38_143685_box7_Incident_Summaries_1-100
Agency: Department of War
Page 128
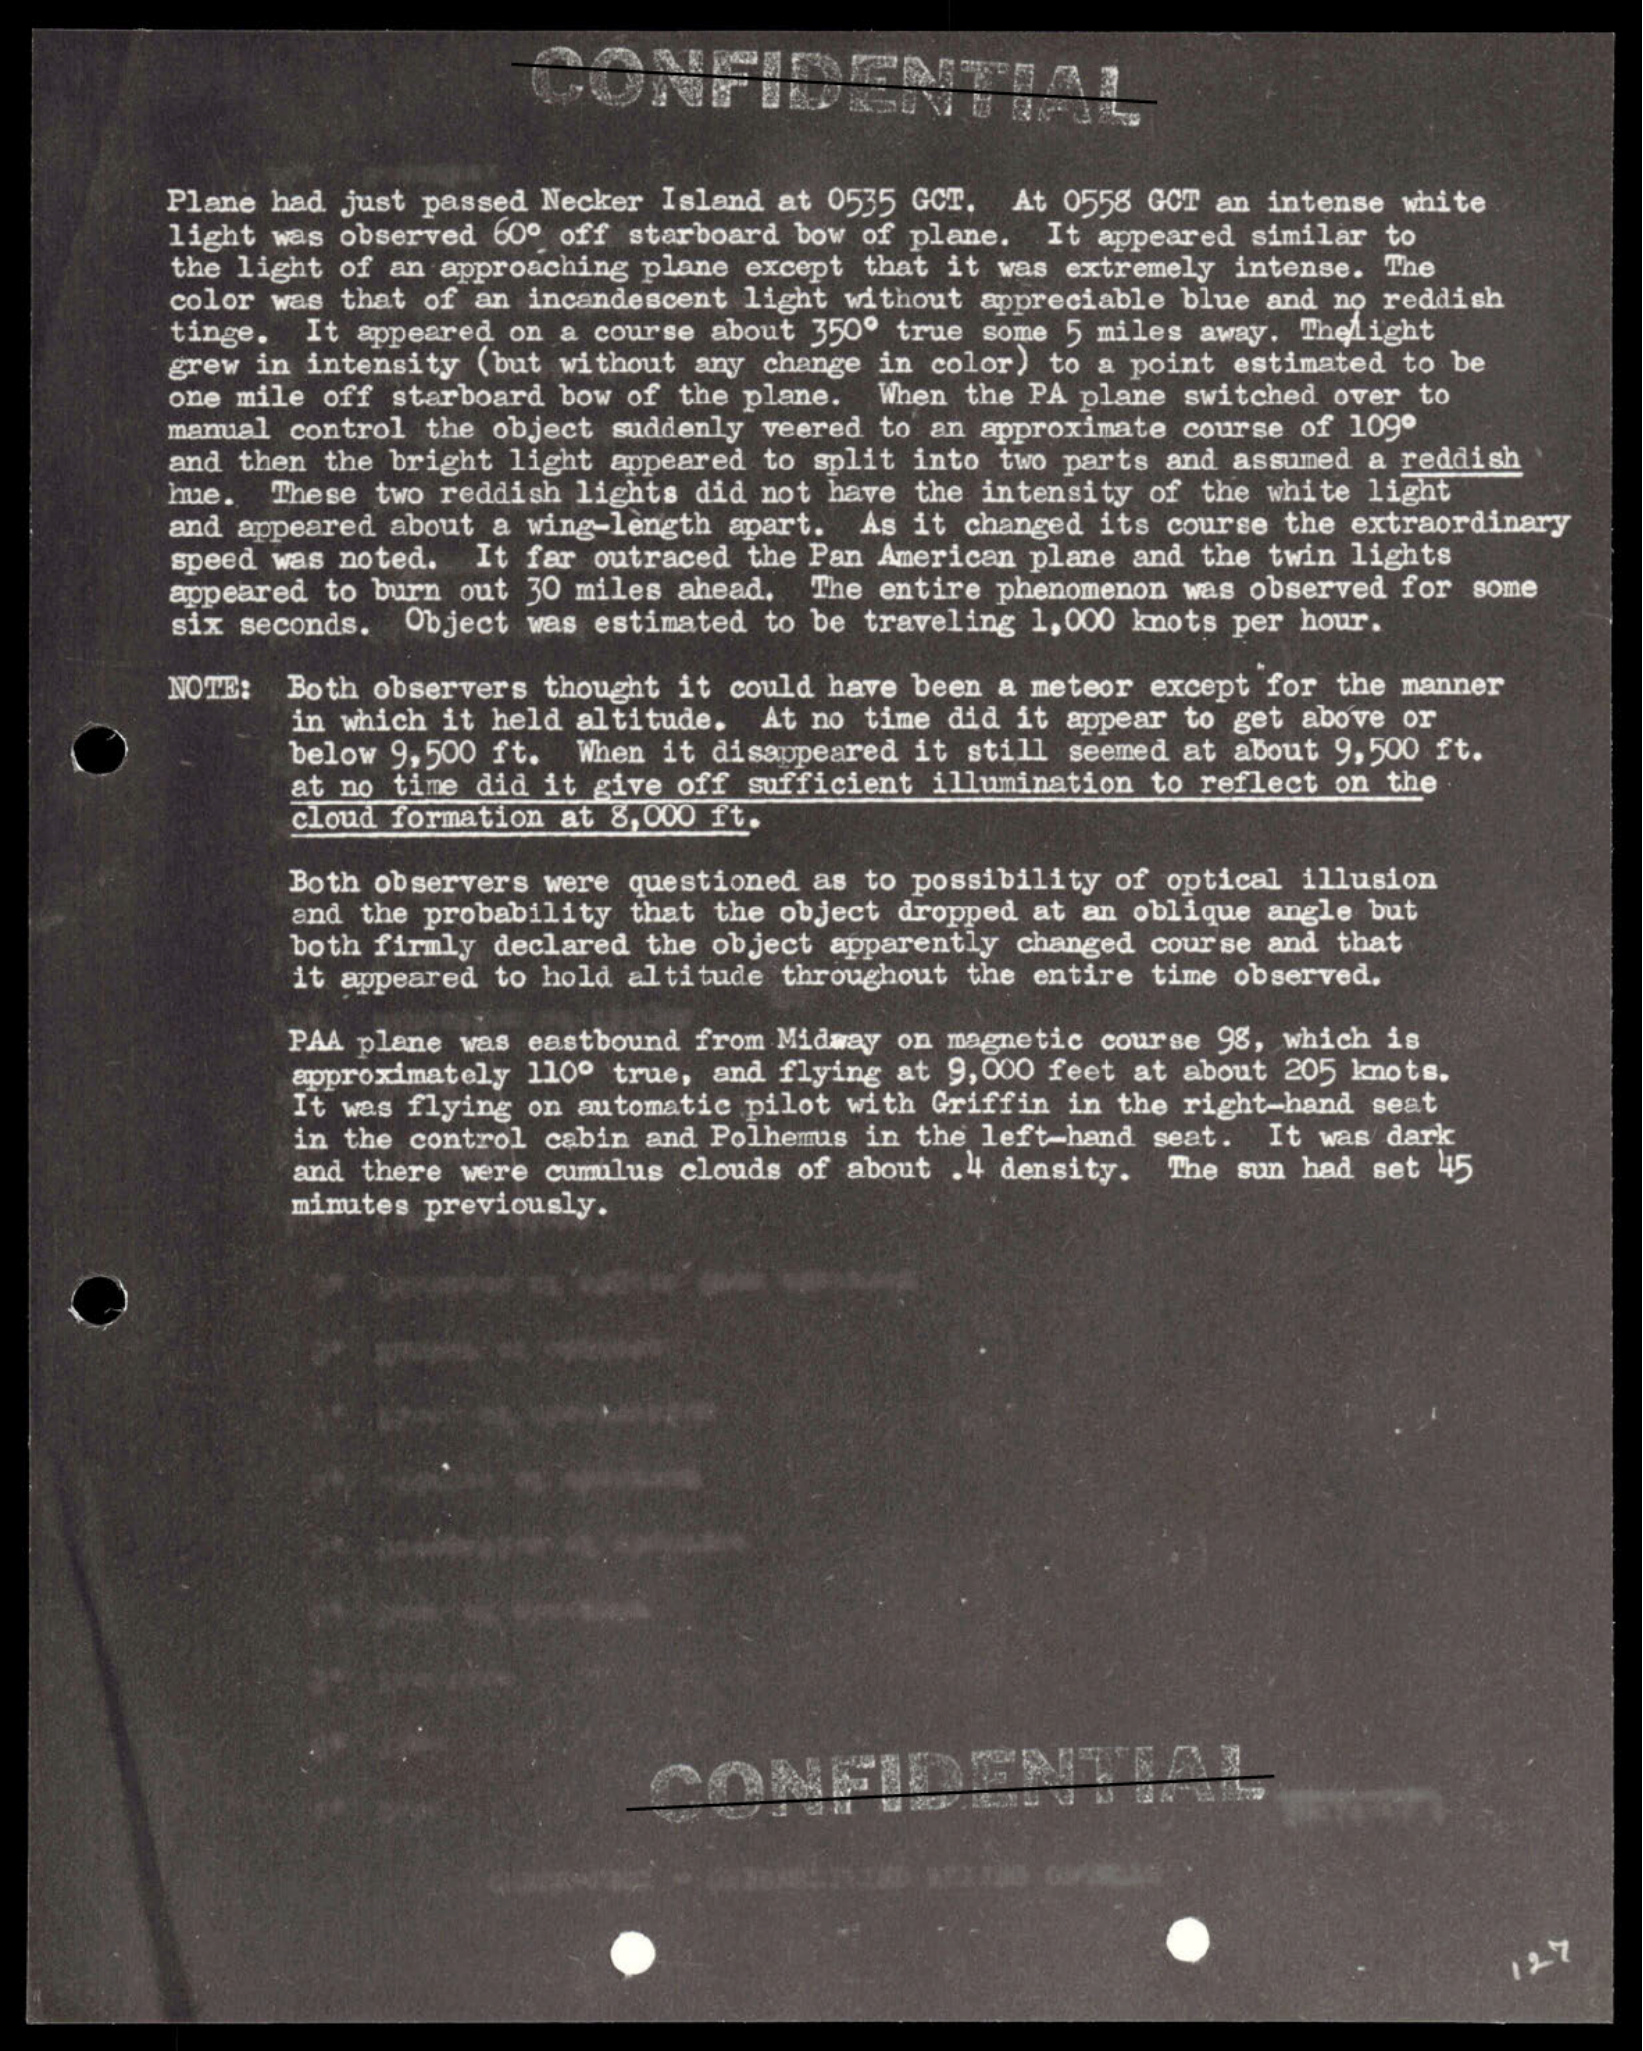